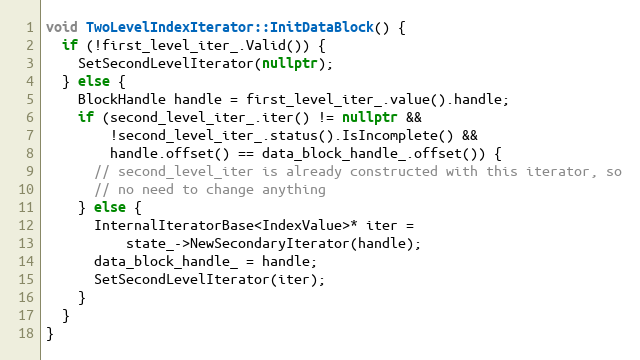
Language: C++
void TwoLevelIndexIterator::InitDataBlock() {
  if (!first_level_iter_.Valid()) {
    SetSecondLevelIterator(nullptr);
  } else {
    BlockHandle handle = first_level_iter_.value().handle;
    if (second_level_iter_.iter() != nullptr &&
        !second_level_iter_.status().IsIncomplete() &&
        handle.offset() == data_block_handle_.offset()) {
      // second_level_iter is already constructed with this iterator, so
      // no need to change anything
    } else {
      InternalIteratorBase<IndexValue>* iter =
          state_->NewSecondaryIterator(handle);
      data_block_handle_ = handle;
      SetSecondLevelIterator(iter);
    }
  }
}